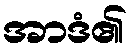
အာဒံ၏